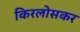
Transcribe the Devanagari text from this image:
किरलोसकर